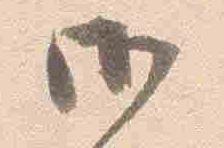
御